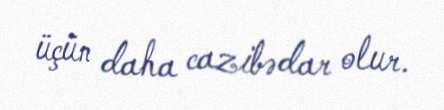
üçün daha cazibədar olur.